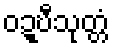
ဝဍ္ဎီသုတ္တံ